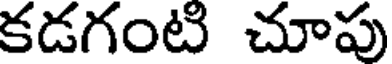
కడగంటి చూపు